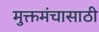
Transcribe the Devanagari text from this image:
मुक्तमंचासाठी